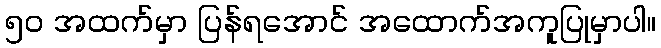
၅၀ အထက်မှာ ပြန်ရအောင် အထောက်အကူပြုမှာပါ။